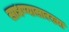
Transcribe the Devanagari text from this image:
साधण्यासारख्या